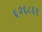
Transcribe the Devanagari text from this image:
६२६८६९